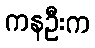
ကနဦးက